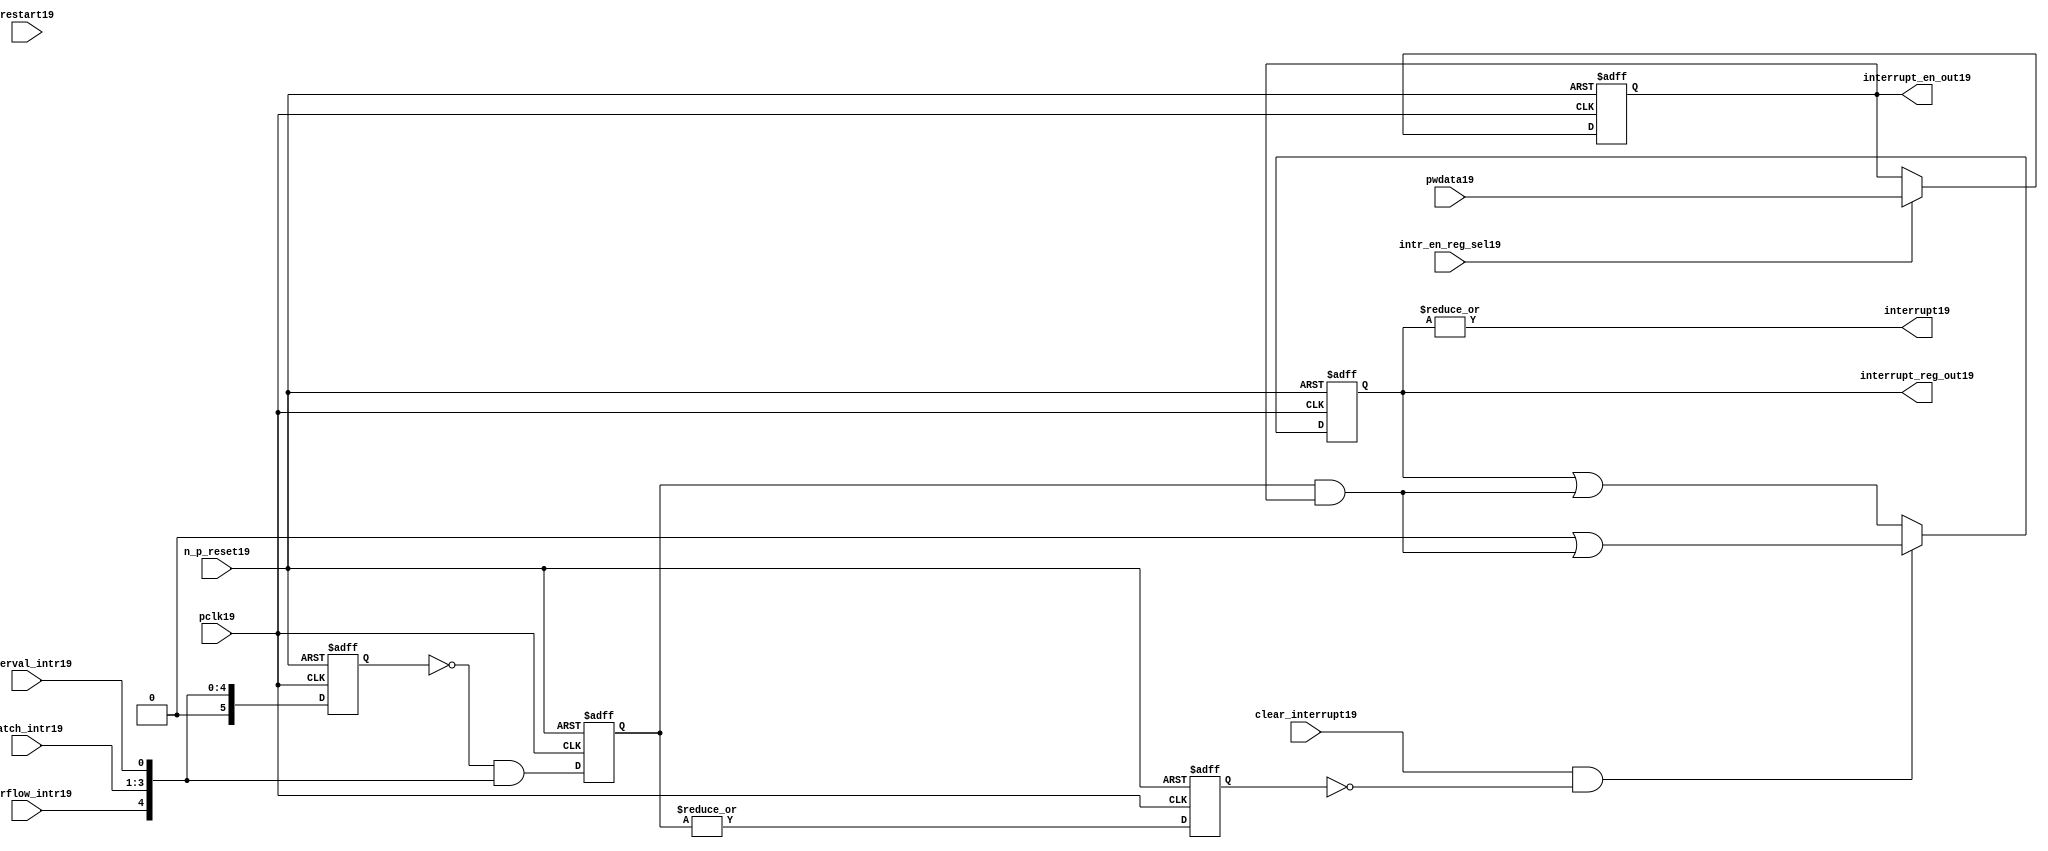
//File19 name   : ttc_interrupt_lite19.v
//Title19       : 
//Created19     : 1999
//Description19 : Interrupts19 from the counter modules19 are registered
//              and if enabled cause the output interrupt19 to go19 high19.
//              Also19 the match119 interrupts19 are monitored19 to generate output 
//Notes19       : 
//----------------------------------------------------------------------
//   Copyright19 1999-2010 Cadence19 Design19 Systems19, Inc19.
//   All Rights19 Reserved19 Worldwide19
//
//   Licensed19 under the Apache19 License19, Version19 2.0 (the
//   "License19"); you may not use this file except19 in
//   compliance19 with the License19.  You may obtain19 a copy of
//   the License19 at
//
//       http19://www19.apache19.org19/licenses19/LICENSE19-2.0
//
//   Unless19 required19 by applicable19 law19 or agreed19 to in
//   writing, software19 distributed19 under the License19 is
//   distributed19 on an "AS19 IS19" BASIS19, WITHOUT19 WARRANTIES19 OR19
//   CONDITIONS19 OF19 ANY19 KIND19, either19 express19 or implied19.  See
//   the License19 for the specific19 language19 governing19
//   permissions19 and limitations19 under the License19.
//----------------------------------------------------------------------
 


//-----------------------------------------------------------------------------
// Module19 definition19
//-----------------------------------------------------------------------------

module ttc_interrupt_lite19(

  //inputs19
  n_p_reset19,                             
  pwdata19,                             
  pclk19,
  intr_en_reg_sel19, 
  clear_interrupt19,                   
  interval_intr19,
  match_intr19,
  overflow_intr19,
  restart19,

  //outputs19
  interrupt19,
  interrupt_reg_out19,
  interrupt_en_out19
  
);


//-----------------------------------------------------------------------------
// PORT DECLARATIONS19
//-----------------------------------------------------------------------------

   //inputs19
   input         n_p_reset19;            //reset signal19
   input [5:0]   pwdata19;               //6 Bit19 Data signal19
   input         pclk19;                 //System19 clock19
   input         intr_en_reg_sel19;      //Interrupt19 Enable19 Reg19 Select19 signal19
   input         clear_interrupt19;      //Clear Interrupt19 Register signal19
   input         interval_intr19;        //Timer_Counter19 Interval19 Interrupt19
   input [3:1]   match_intr19;           //Timer_Counter19 Match19 1 Interrupt19 
   input         overflow_intr19;        //Timer_Counter19 Overflow19 Interrupt19 
   input         restart19;              //Counter19 restart19

   //Outputs19
   output        interrupt19;            //Interrupt19 Signal19 
   output [5:0]  interrupt_reg_out19;    //6 Bit19 Interrupt19 Register
   output [5:0]  interrupt_en_out19; //6 Bit19 Interrupt19 Enable19 Register


//-----------------------------------------------------------------------------
// Internal Signals19 & Registers19
//-----------------------------------------------------------------------------

   wire [5:0]   intr_detect19;          //Interrupts19 from the Timer_Counter19
   reg [5:0]    int_sync_reg19;         //6-bit 1st cycle sync register
   reg [5:0]    int_cycle_reg19;        //6-bit register ensuring19 each interrupt19 
                                      //only read once19
   reg [5:0]    interrupt_reg19;        //6-bit interrupt19 register        
   reg [5:0]    interrupt_en_reg19; //6-bit interrupt19 enable register
   

   reg          interrupt_set19;        //Prevents19 unread19 interrupt19 being cleared19
   
   wire         interrupt19;            //Interrupt19 output
   wire [5:0]   interrupt_reg_out19;    //Interrupt19 register output
   wire [5:0]   interrupt_en_out19; //Interrupt19 enable output


   assign interrupt19              = |(interrupt_reg19);
   assign interrupt_reg_out19      = interrupt_reg19;
   assign interrupt_en_out19       = interrupt_en_reg19;
   
   assign intr_detect19 = {1'b0,
                         overflow_intr19,  
                         match_intr19[3],  
                         match_intr19[2], 
                         match_intr19[1], 
                         interval_intr19};

   

// Setting interrupt19 registers
   
   always @ (posedge pclk19 or negedge n_p_reset19)
   begin: p_intr_reg_ctrl19
      
      if (!n_p_reset19)
      begin
         int_sync_reg19         <= 6'b000000;
         interrupt_reg19        <= 6'b000000;
         int_cycle_reg19        <= 6'b000000;
         interrupt_set19        <= 1'b0;
      end
      else 
      begin

         int_sync_reg19    <= intr_detect19;
         int_cycle_reg19   <= ~int_sync_reg19 & intr_detect19;

         interrupt_set19   <= |int_cycle_reg19;
          
         if (clear_interrupt19 & ~interrupt_set19)
            interrupt_reg19 <= (6'b000000 | (int_cycle_reg19 & interrupt_en_reg19));
         else 
            interrupt_reg19 <= (interrupt_reg19 | (int_cycle_reg19 & 
                                               interrupt_en_reg19));
      end 
      
   end  //p_intr_reg_ctrl19


// Setting interrupt19 enable register
   
   always @ (posedge pclk19 or negedge n_p_reset19)
   begin: p_intr_en_reg19
      
      if (!n_p_reset19)
      begin
         interrupt_en_reg19 <= 6'b000000;
      end
      else 
      begin

         if (intr_en_reg_sel19)
            interrupt_en_reg19 <= pwdata19[5:0];
         else
            interrupt_en_reg19 <= interrupt_en_reg19;

      end 
      
   end  
           


endmodule